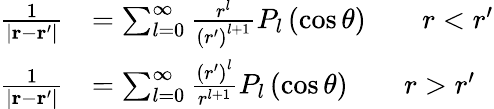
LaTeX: \begin{array}{rl}{\frac{1}{\left|\textbf{r}-\textbf{r}^{\prime}\right|}}&{=\sum_{l=0}^{\infty}\frac{r^{l}}{\left(r^{\prime}\right)^{l+1}}P_{l}\left(\cos\theta\right)\qquad r<r^{\prime}}\\ {\frac{1}{\left|\textbf{r}-\textbf{r}^{\prime}\right|}}&{=\sum_{l=0}^{\infty}\frac{\left(r^{\prime}\right)^{l}}{r^{l+1}}P_{l}\left(\cos\theta\right)\qquad r>r^{\prime}}\end{array}